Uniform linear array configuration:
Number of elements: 32
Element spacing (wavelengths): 0.5
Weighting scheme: exponential
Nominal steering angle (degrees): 60
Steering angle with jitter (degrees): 61.306
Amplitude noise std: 0.05
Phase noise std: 0.05

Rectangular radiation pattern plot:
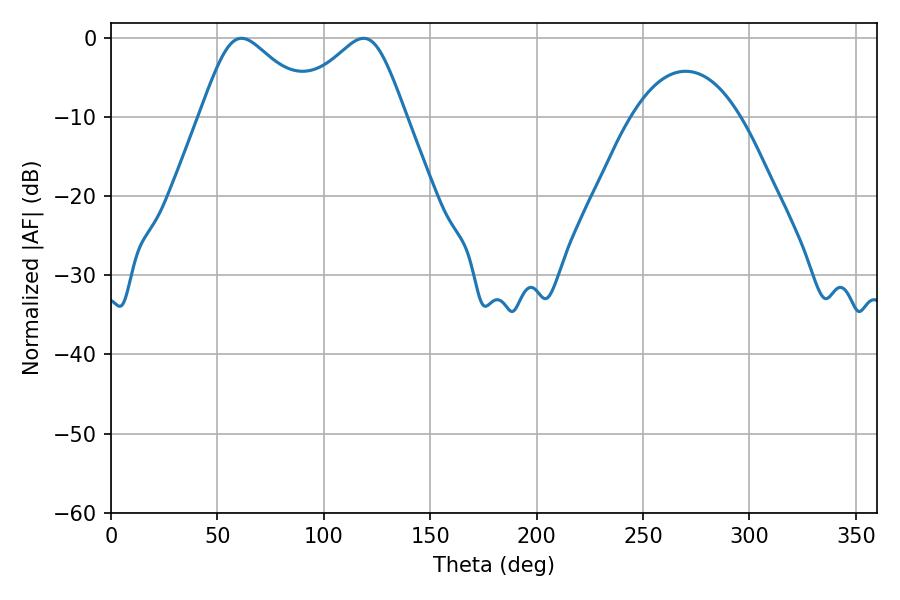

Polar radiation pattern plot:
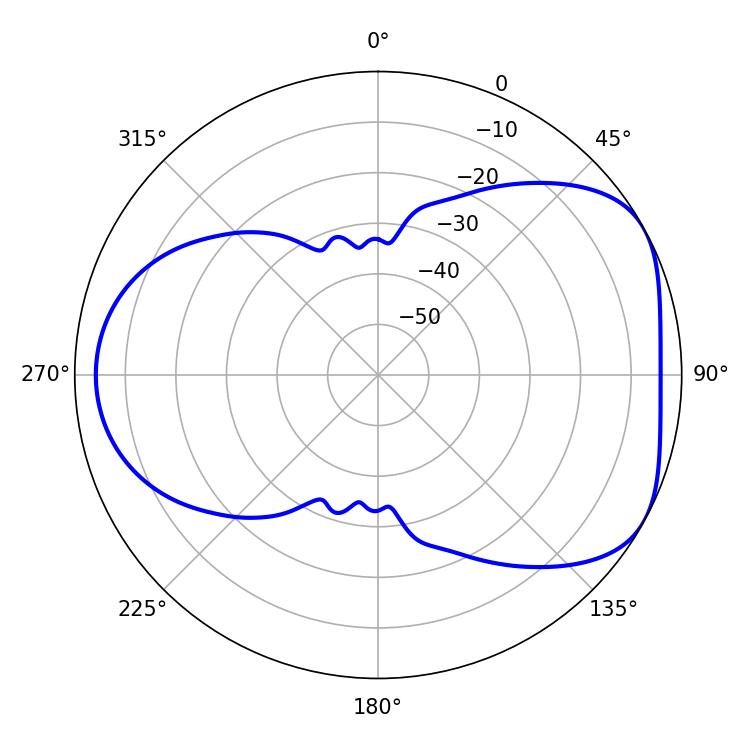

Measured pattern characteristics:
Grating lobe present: FALSE
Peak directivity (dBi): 4.852
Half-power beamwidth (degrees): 27
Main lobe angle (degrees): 61.38